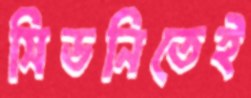
সিডনিতেই